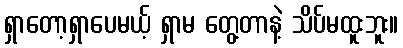
ရှာတော့ရှာပေမယ့် ရှာမ တွေ့တာနဲ့ သိပ်မထူးဘူး။